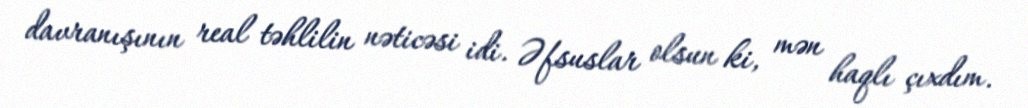
davranışının real təhlilin nəticəsi idi. Əfsuslar olsun ki, mən haqlı çıxdım.